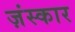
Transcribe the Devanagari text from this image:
ज़ंस्कार